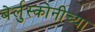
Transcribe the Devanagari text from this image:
बेर्लुस्कोनीच्या